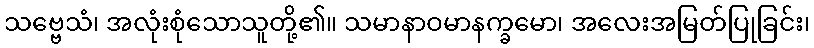
သဗ္ဗေသံ၊ အလုံးစုံသောသူတို့၏။ သမာနာဝမာနက္ခမော၊ အလေးအမြတ်ပြုခြင်း၊